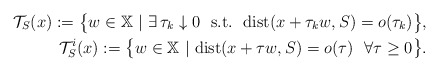
\begin{align*} \mathcal{T}_{S}(x) :=\big\{w\in\mathbb{X}\ |\ \exists\, \tau_k\downarrow 0\ \ {\rm s.t.}\ \ {\rm dist}(x+\tau_kw,S)=o(\tau_k)\big\},\\ \mathcal{T}_{S}^{i}(x) :=\big\{w\in\mathbb{X}\ |\ {\rm dist}(x+\tau w,S)=o(\tau)\ \ \forall\tau\ge 0\big\}. \end{align*}